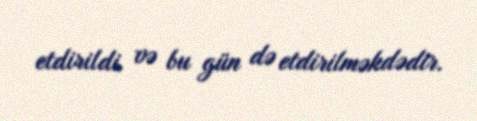
etdirildi və bu gün də etdirilməkdədir.